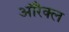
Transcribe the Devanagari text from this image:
ऑरैक्ल